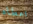
اعطاه